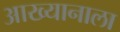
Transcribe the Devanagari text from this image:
आख्यानाला